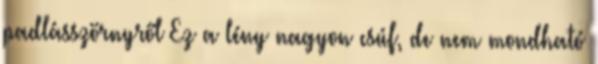
padlásszörnyről Ez a lény nagyon csúf, de nem mondható